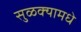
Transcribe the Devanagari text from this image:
सुळक्यामधे